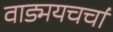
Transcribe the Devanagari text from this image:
वाड्मयचर्चा